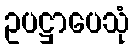
ဥပဋ္ဌာပေသုံ